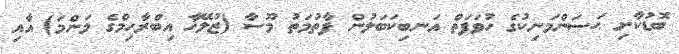
ބޮޑުކާށި ޙަސަންމަނިކުގެ ހުވަފަތް އަނބިކަބަލުން ފާތުމަތު މޫސާ (ޒުލޭޚާ އިބްރާހިމްގެ މަންމަ) އާއި